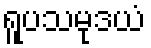
ရူပသမုဒယံ